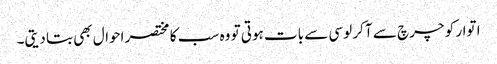
ا توار کو چرچ سے آ کر لوسی سے بات ہوتی تو وہ سب کا مختصر احوال بھی بتا دیتی۔